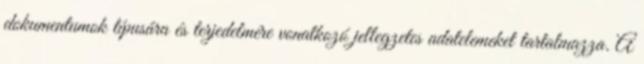
dokumentumok típusára és terjedelmére vonatkozó jellegzetes adatelemeket tartalmazza. A